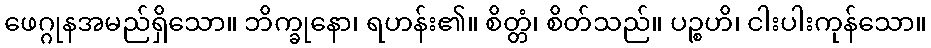
ဖေဂ္ဂုနအမည်ရှိသော။ ဘိက္ခုနော၊ ရဟန်း၏။ စိတ္တံ၊ စိတ်သည်။ ပဉ္စဟိ၊ ငါးပါးကုန်သော။